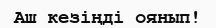
Аш кезіңді оянып!